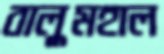
বালুমহাল